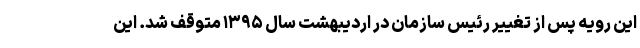
این رویه پس از تغییر رئیس سازمان در اردیبهشت سال ۱۳۹۵ متوقف شد. این